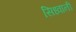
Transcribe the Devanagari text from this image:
सिध्वानी